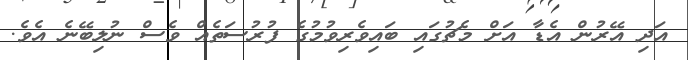
އަދި އޭރުން އެޑާ އަށް މެޗުގައި ބައިވެރިވުމުގެ ފުރުސަތެއް ވެސް ނުލިބޭނެ އެވެ.